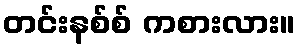
တင်းနစ်စ် ကစားလား။